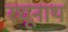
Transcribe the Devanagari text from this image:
रघूनाथ